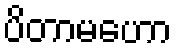
ပိတာမဟော